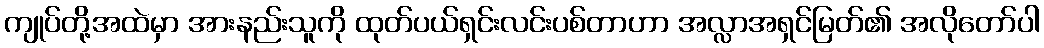
ကျုပ်တို့အထဲမှာ အားနည်းသူကို ထုတ်ပယ်ရှင်းလင်းပစ်တာဟာ အလ္လာအရှင်မြတ်၏ အလိုတော်ပါ